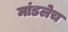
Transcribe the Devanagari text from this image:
मांडलेच